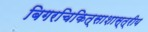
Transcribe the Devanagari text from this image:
बिगरचिकित्साशास्त्रीय